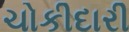
ચોકીદારી